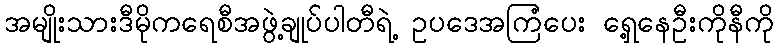
အမျိုးသားဒီမိုကရေစီအဖွဲ့ချုပ်ပါတီရဲ့ ဥပဒေအကြံပေး ရှေ့နေဦးကိုနီကို